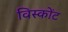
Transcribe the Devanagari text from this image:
विस्कोंट